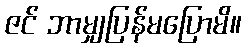
ဇင် ဘာမျှပြန်မပြောမိ။